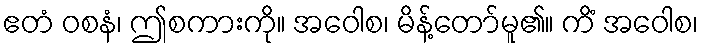
ဧတံ ဝစနံ၊ ဤစကားကို။ အဝေါစ၊ မိန့်တော်မူ၏။ ကိံ အဝေါစ၊